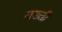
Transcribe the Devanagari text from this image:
सख्‍ती